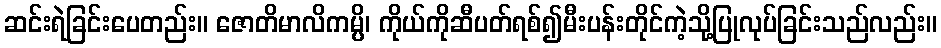
ဆင်းရဲခြင်းပေတည်း။ ဇောတိမာလိကမ္ပိ၊ ကိုယ်ကိုဆီပတ်ရစ်၍မီးပန်းတိုင်ကဲ့သို့ပြုလုပ်ခြင်းသည်လည်း။